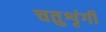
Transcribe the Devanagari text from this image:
चतुशृंगी